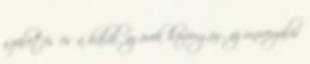
születés és a halál, az örök körforgás, az univerzális